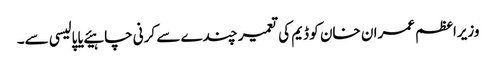
وزیراعظم عمران خان کو ڈیم کی تعمیر چندے سے کرنی چاہیئے یا پالیسی سے۔